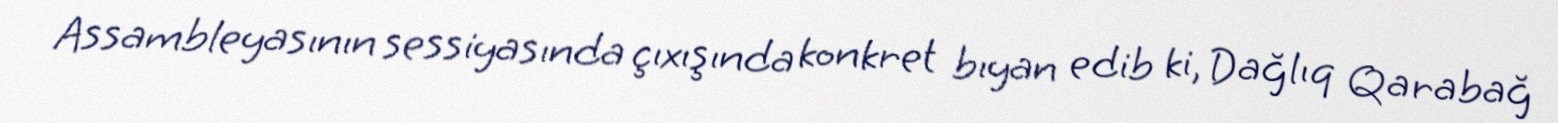
Assambleyasının sessiyasında çıxışında konkret bıyan edib ki, Dağlıq Qarabağ